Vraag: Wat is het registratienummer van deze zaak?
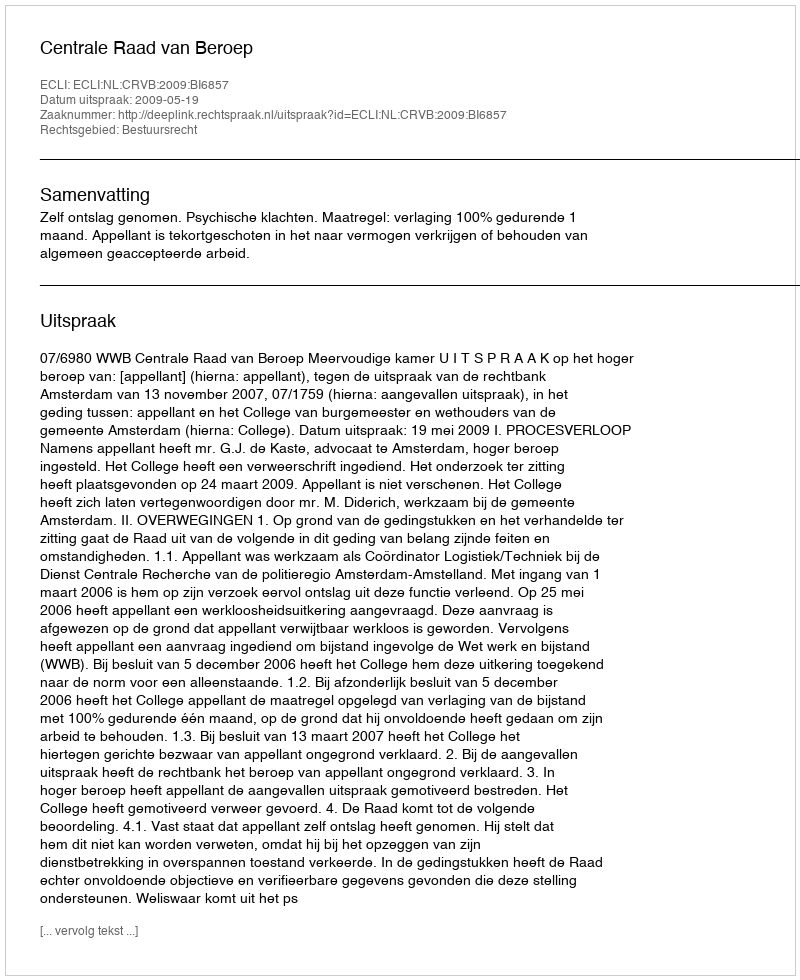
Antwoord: http://deeplink.rechtspraak.nl/uitspraak?id=ECLI:NL:CRVB:2009:BI6857